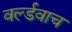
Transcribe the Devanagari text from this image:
वर्ल्डवाच